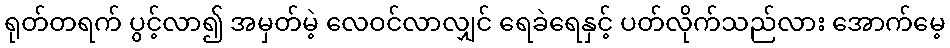
ရုတ်တရက် ပွင့်လာ၍ အမှတ်မဲ့ လေဝင်လာလျှင် ရေခဲရေနှင့် ပတ်လိုက်သည်လား အောက်မေ့